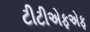
ટીટીએફએફ